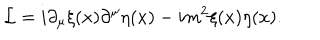
{ \cal L } = i \partial _ { \mu } \xi ( x ) \partial ^ { \mu } \eta ( x ) - i m ^ { 2 } \xi ( x ) \eta ( x ) .